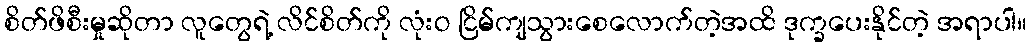
စိတ်ဖိစီးမှုဆိုတာ လူတွေရဲ့ လိင်စိတ်ကို လုံးဝ ငြိမ်ကျသွားစေလောက်တဲ့အထိ ဒုက္ခပေးနိုင်တဲ့ အရာပါ။